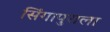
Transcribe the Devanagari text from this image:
सिंगापुराला